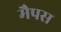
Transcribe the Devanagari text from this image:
मैपस